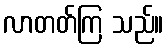
လာတတ်ကြ သည်။